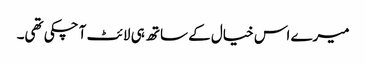
میرے اس خیال کے ساتھ ہی لائٹ آ چکی تھی۔